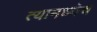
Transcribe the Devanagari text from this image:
त्यामध्येच